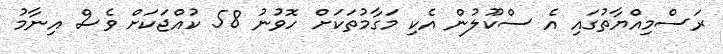
ރަސްމިއްޔާތުގައި އެ ސްކޫލުން އެކި މަގާމުތަކަށް ހޮވުނު 58 ކުއްޖަކަށް ވެސް އިނާމު